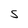
Character: S